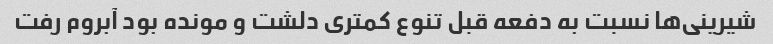
شیرینی‌ها نسبت به دفعه قبل تنوع کمتری دلشت و مونده بود آبروم رفت